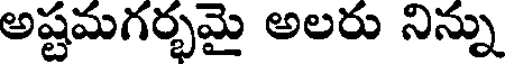
అష్టమగర్భమై అలరు నిన్ను